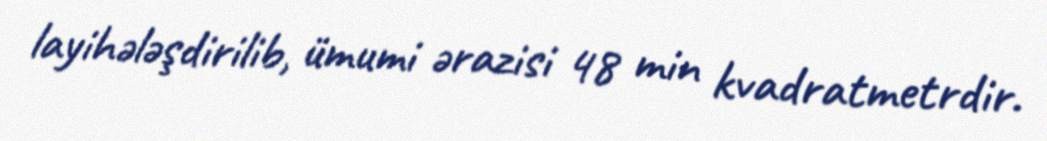
layihələşdirilib, ümumi ərazisi 48 min kvadratmetrdir.